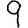
Digit: 9